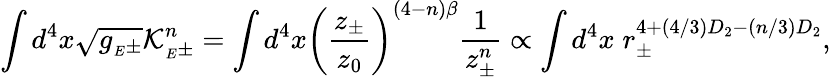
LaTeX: \int d^{4}x\sqrt{g_{{}_{E}\pm}}{\cal K}_{{}_{E}\pm}^{n}=\int d^{4}x\left({\frac{z_{\pm}}{z_{0}}}\right)^{(4-n)\beta}{\frac{1}{z_{\pm}^{n}}}\propto\int d^{4}x\; r_{\pm}^{4+(4/3)D_{2}-(n/3)D_{2}},